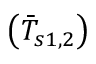
\left( \Bar { T } _ { s { 1 , 2 } } \right)